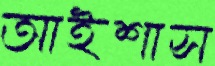
আইশাস